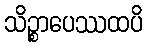
သိဉ္စာပေဿထပိ